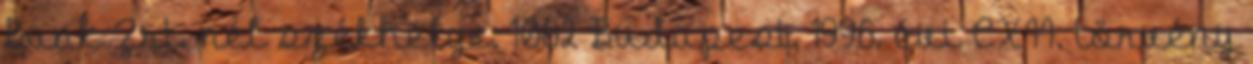
Bank Zrt.-nél székhelye: 1062 Budapest, 1996. évi CXII. törvény